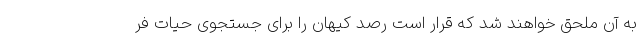
به آن ملحق خواهند شد که قرار است رصد کیهان را برای جستجوی حیات فر